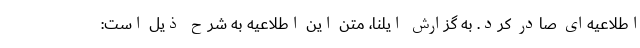
اطلاعیه‌ای صادر کرد. به گزارش ایلنا، متن این اطلاعیه به شرح ذیل است: